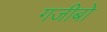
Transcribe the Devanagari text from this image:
गजीबो